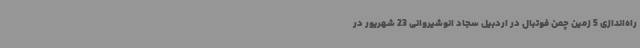
راه‌اندازی 5 زمین چمن فوتبال در اردبیل سجاد انوشیروانی 23 شهریور در